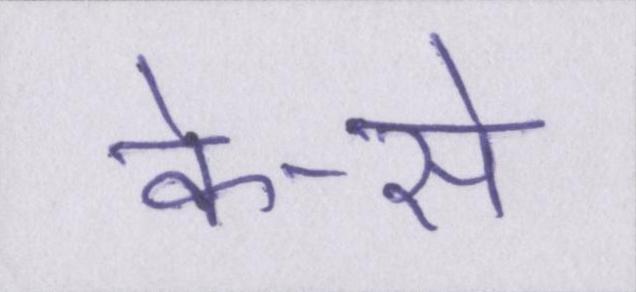
के-से